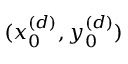
( x _ { 0 } ^ { ( d ) } , y _ { 0 } ^ { ( d ) } )